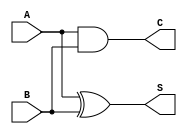
// Copyright  2020 Joel luo
// Examples for HDL with Verilog
//
// Permission is hereby granted, free of charge, to any person obtaining a copy
// of this software and associated documentation files (the Software), to deal
// in the Software without restriction, including without limitation the rights 
// to use, copy, modify, merge, publish, distribute, sublicense, and/or sell
// copies of the Software, and to permit persons to whom the Software is
// furnished to do so, subject to the following conditions:
//
// The above copyright notice and this permission notice shall be included in
// all copies or substantial portions of the Software.
//
// THE SOFTWARE IS PROVIDED AS IS, WITHOUT WARRANTY OF ANY KIND, EXPRESS OR
// IMPLIED, INCLUDING BUT NOT LIMITED TO THE WARRANTIES OF MERCHANTABILITY,
// FITNESS FOR A PARTICULAR PURPOSE AND NONINFRINGEMENT. IN NO EVENT SHALL THE
// AUTHORS OR COPYRIGHT HOLDERS BE LIABLE FOR ANY CLAIM, DAMAGES OR OTHER
// LIABILITY, WHETHER IN AN ACTION OF CONTRACT, TORT OR OTHERWISE, ARISING FROM,
// OUT OF OR IN CONNECTION WITH THE SOFTWARE OR THE USE OR OTHER DEALINGS IN THE
// SOFTWARE.

module Half_Adder(
    input       A, 
    input       B, 
    output      S, 
    output      C
);

    assign S = A ^ B ;
    assign C = A & B ;

endmodule